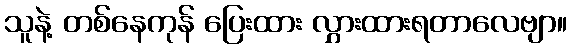
သူနဲ့ တစ်နေကုန် ပြေးထား လွှားထားရတာလေဗျာ။